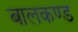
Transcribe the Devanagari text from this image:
बालकण्ड